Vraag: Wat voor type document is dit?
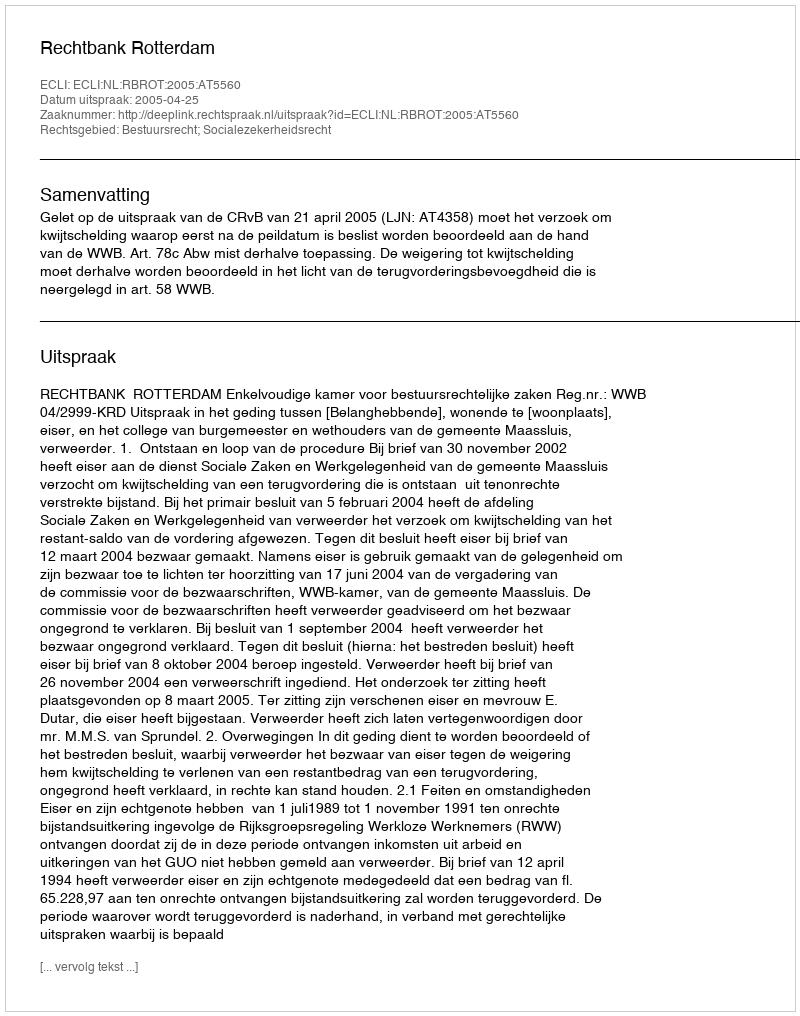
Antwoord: Uitspraak